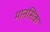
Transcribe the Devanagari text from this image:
मानसिक